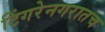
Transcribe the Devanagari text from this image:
टिंगरेनगरातच